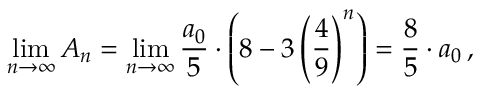
\operatorname* { l i m } _ { n \rightarrow \infty } A _ { n } = \operatorname* { l i m } _ { n \rightarrow \infty } { \frac { a _ { 0 } } { 5 } } \cdot \left( 8 - 3 \left( { \frac { 4 } { 9 } } \right) ^ { n } \right) = { \frac { 8 } { 5 } } \cdot a _ { 0 } \, ,